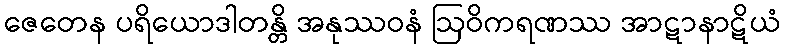
ဇေတေန ပရိယောဒါတန္တိ အနုဿဝနံ ဩဝိကရဏဿ အာဋာနာဋိယံ